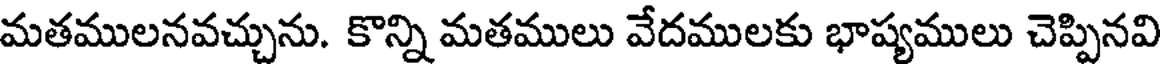
మతములనవచ్చును. కొన్ని మతములు వేదములకు భాష్యములు చెప్పినవి